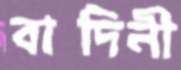
বাদিনী